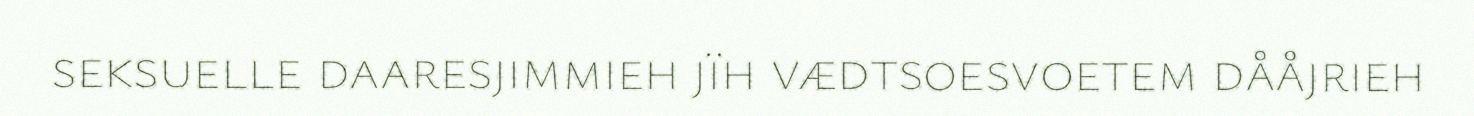
seksuelle daaresjimmieh jïh vædtsoesvoetem dååjrieh